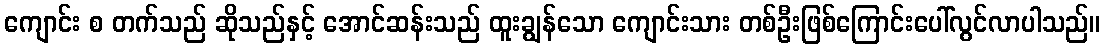
ကျောင်း စ တက်သည် ဆိုသည်နှင့် အောင်ဆန်းသည် ထူးချွန်သော ကျောင်းသား တစ်ဦးဖြစ်ကြောင်းပေါ်လွင်လာပါသည်။